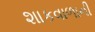
શાકવાળાની